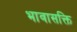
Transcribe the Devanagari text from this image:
भावासक्ति